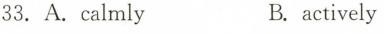
33.A.calmly B. actively